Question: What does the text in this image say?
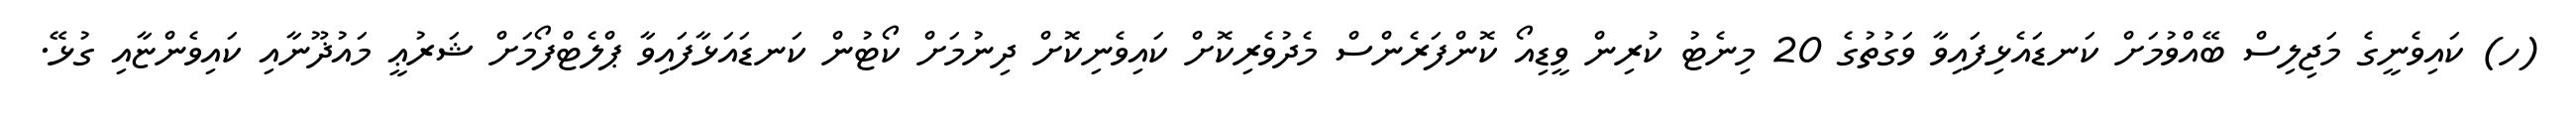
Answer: (ހ) ކައިވެނީގެ މަޖިލިސް ބޭއްވުމަށް ކަނޑައެޅިފައިވާ ވަގުތުގެ 20 މިނެޓު ކުރިން ވީޑިއޯ ކޮންފަރެންސް މެދުވެރިކޮށް ކައިވެނިކޮށް ދިނުމަށް ކޯޓުން ކަނޑައަޅާފައިވާ ޕްލެޓްފޯމަށް ޝަރުޢީ މައުޛޫނާއި ކައިވެންޏާއި ގުޅޭ.